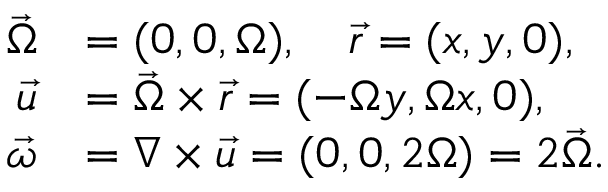
{ \begin{array} { r l } { { \vec { \Omega } } } & { = ( 0 , 0 , \Omega ) , \quad { \vec { r } } = ( x , y , 0 ) , } \\ { { \vec { u } } } & { = { \vec { \Omega } } \times { \vec { r } } = ( - \Omega y , \Omega x , 0 ) , } \\ { { \vec { \omega } } } & { = \nabla \times { \vec { u } } = ( 0 , 0 , 2 \Omega ) = 2 { \vec { \Omega } } . } \end{array} }